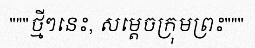
"""ថ្មីៗនេះ, សម្តេចក្រុមព្រះ"""